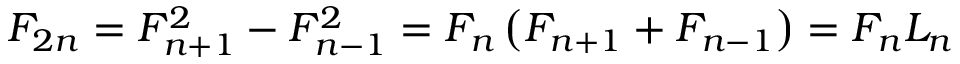
F _ { 2 n } = F _ { n + 1 } ^ { 2 } - F _ { n - 1 } ^ { 2 } = F _ { n } \left( F _ { n + 1 } + F _ { n - 1 } \right) = F _ { n } L _ { n }